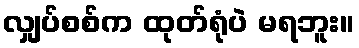
လျှပ်စစ်က ထုတ်ရုံပဲ မရဘူး။